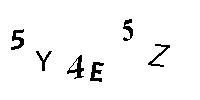
5Y4E5Z